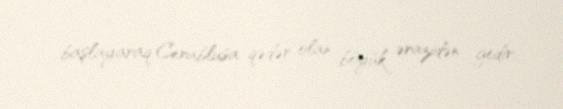
başlayaraq Cerablusa qədər olan böyük ərazidən gedir.